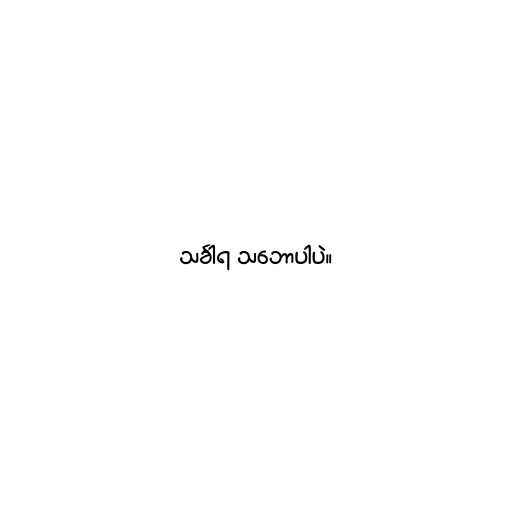
သင်္ခါရ သ‌ဘောပါပဲ။